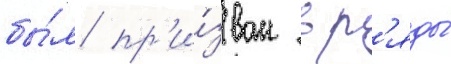
бы́л пр'и́зван в р'яды́